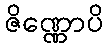
ဇိဏ္ဏောပိ